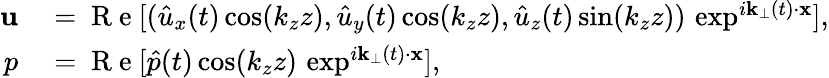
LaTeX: \begin{array}{rl}{\textbf{u}}&{{}=\mathrm{~R~e~}[(\hat{u}_{x}(t)\cos(k_{z}z),\hat{u}_{y}(t)\cos(k_{z}z),\hat{u}_{z}(t)\sin(k_{z}z))\, \exp^{i\textbf{k}_{\perp}(t)\cdot\textbf{x}}],}\\ {p}&{{}=\mathrm{~R~e~}[\hat{p}(t)\cos(k_{z}z)\, \exp^{i\textbf{k}_{\perp}(t)\cdot\textbf{x}}],}\end{array}